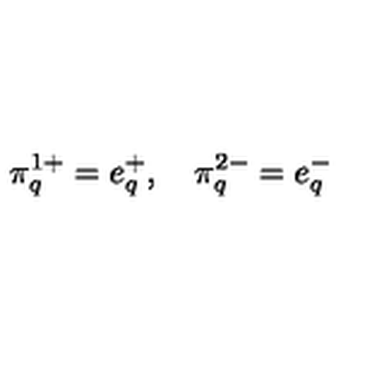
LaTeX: \pi _ { q } ^ { 1 + } = e _ { q } ^ { + } , \quad \pi _ { q } ^ { 2 - } = e _ { q } ^ { - }